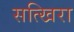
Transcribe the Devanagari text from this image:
सत्खिरा